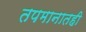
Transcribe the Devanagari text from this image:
तपमानातही